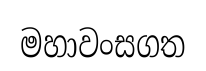
මහාවංසගත